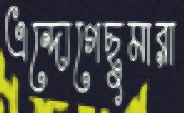
এন্দোগেছুমারা